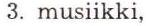
3. musiikki,